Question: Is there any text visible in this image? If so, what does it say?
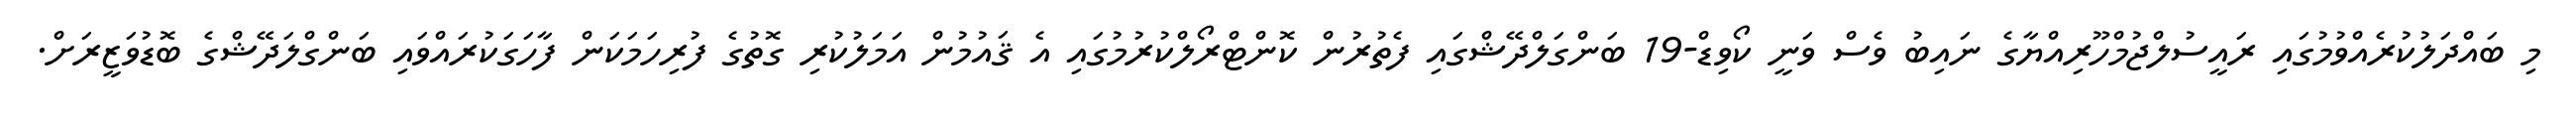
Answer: މި ބައްދަލުކުރެއްވުމުގައި ރައީސުލްޖުމްހޫރިއްޔާގެ ނައިބު ވެސް ވަނީ ކޯވިޑް-19 ބަންގަލްދޭޝްގައި ފެތުރުން ކޮންޓްރޯލްކުރުމުގައި އެ ޤައުމުން އަމަލުކުރި ގޮތުގެ ފުރިހަމަކަން ފާހަގަކުރައްވައި ބަންގްލަދޭޝްގެ ބޮޑުވަޒީރަށް.